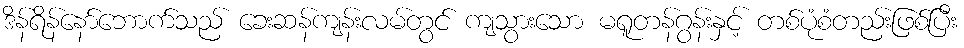
ဒိန်ရိန်နော်ဘောက်သည် ခေးဆန်ကျန်းလမ်တွင် ကျသွားသော မရူတန်ဂွန်းနှင့် တစ်ပုံစံတည်းဖြစ်ပြီး